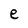
Character: e